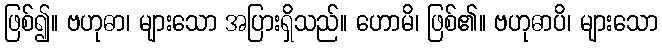
ဖြစ်၍။ ဗဟုဓာ၊ များသော အပြားရှိသည်။ ဟောမိ၊ ဖြစ်၏။ ဗဟုဓာပိ၊ များသော